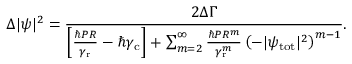
\Delta | \psi | ^ { 2 } = \frac { 2 \Delta \Gamma } { \left[ \frac { \hbar P R } { \gamma _ { \mathrm { r } } } - \hbar \gamma _ { \mathrm { c } } \right] + \sum _ { m = 2 } ^ { \infty } \frac { \hbar P R ^ { m } } { \gamma _ { \mathrm { r } } ^ { m } } \left( - | \psi _ { \mathrm { t o t } } | ^ { 2 } \right) ^ { m - 1 } } .